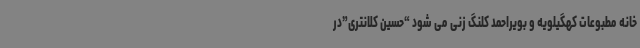
خانه مطبوعات کهگیلویه و بویراحمد کلنگ زنی می شود “حسین کلانتری”در